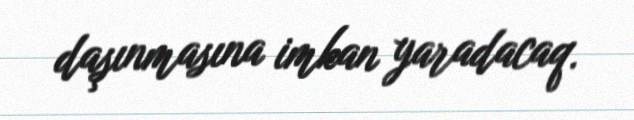
daşınmasına imkan yaradacaq.